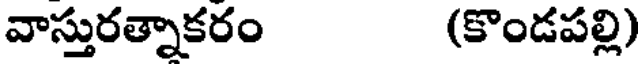
వాస్తురత్నాకరం (కొండపల్లి)